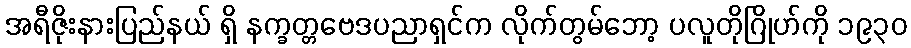
အရီဇိုးနားပြည်နယ် ရှိ နက္ခတ္တဗေဒပညာရှင်က လိုက်တွမ်ဘော့ ပလူတိုဂြိုဟ်ကို ၁၉၃၀